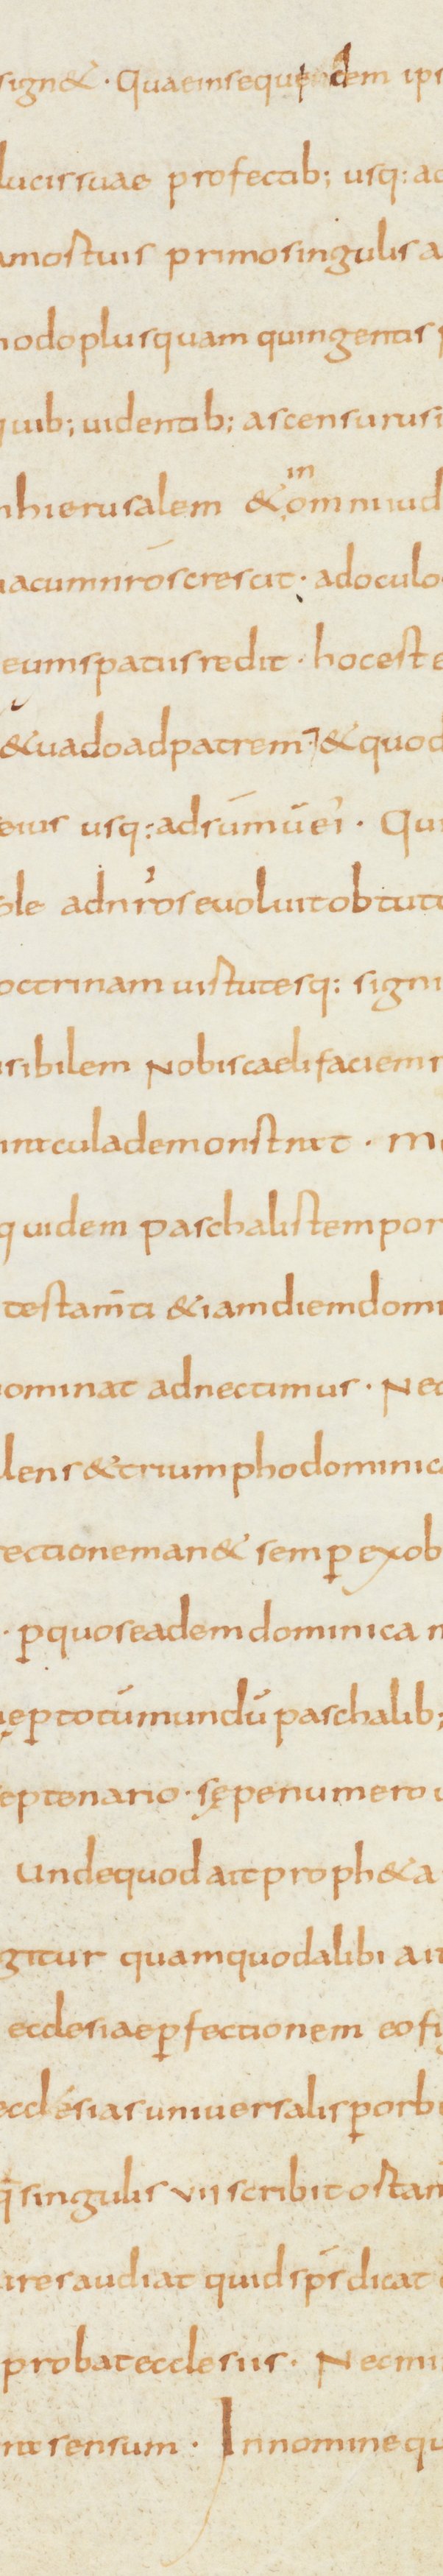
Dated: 810–840